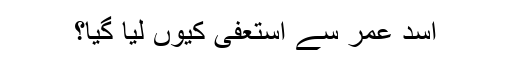
اسد عمر سے استعفی کیوں لیا گیا؟